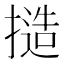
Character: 𢳥